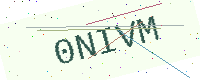
Text: 0NIVM